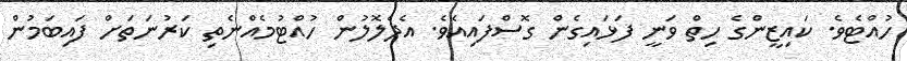
ހުއްޓެވެ. ކައިޒީންގެ ހިތް ވަނީ ފަޅައިގެން ގޮސްފައިއެވެ. އެދެލޮލުން ހުއްޓުމެއްނެތި ކަރުނަތަށް ފައިބަމުން